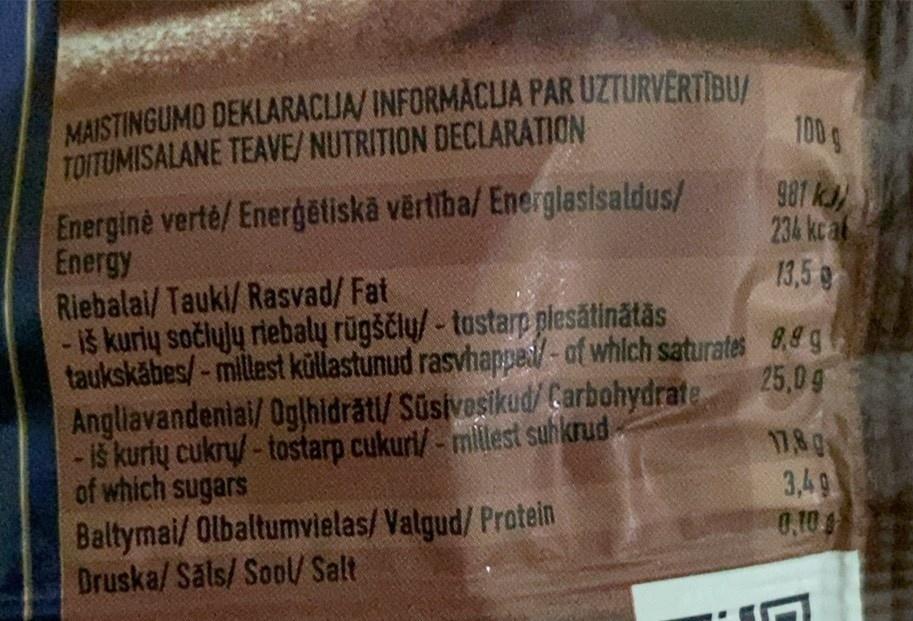
MAISTINGUMO DEKLARACIJA/ INFORMACIJA PAR UZTURVERTIBU/ TOITUMISALANE TEAVE/ NUTRITION DECLARATION
Energinė vertė/ Enerģētiskā vērtība/ Energiasisaldus/ Energy
Riebalai/ Tauki/ Rasvad/Fat
- iš kurių sočiųjų riebalų rūgščių/- tostarp piesātinātās taukskābes/-millest küllastunud rasvhapped/-of which saturates Angliavandeniai/ Oglhidrāti/ Süsivesikud/Carbohydrate - iš kurių cukrų/- tostarp cukuri/-millest suhkrud of which sugars
Baltymai/ Olbaltumvielas/Valgud/ Protein Druska/Sals/Sool/ Salt
100g
981 kJ/
234 kcal
13,50
8,8 g
25,0 g
17,8 g
3,49
0.10.
C